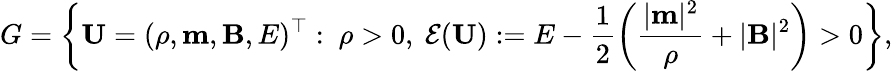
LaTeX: G=\left\{ \mathbf{U}=(\rho,\mathbf{m},\mathbf{B},E)^{\top}:~\rho>0,~\mathcal{E}(\mathbf{U}):=E-\frac{1}{2}\left(\frac{|\mathbf{m}|^{2}}{\rho}+|\mathbf{B}|^{2}\right)>0\right\} ,